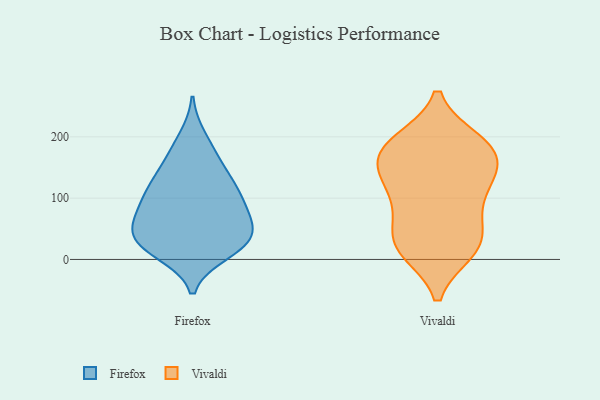
{"axis": {"x": "Headcount", "y": "Value"}, "legend": ["Firefox", "Vivaldi"], "data": [{"x": "", "y": 22, "type": "Firefox"}, {"x": "", "y": 41, "type": "Firefox"}, {"x": "", "y": 120, "type": "Firefox"}, {"x": "", "y": 115, "type": "Firefox"}, {"x": "", "y": 74, "type": "Firefox"}, {"x": "", "y": 11, "type": "Firefox"}, {"x": "", "y": 161, "type": "Firefox"}, {"x": "", "y": 119, "type": "Firefox"}, {"x": "", "y": 166, "type": "Firefox"}, {"x": "", "y": 25, "type": "Firefox"}, {"x": "", "y": 20, "type": "Firefox"}, {"x": "", "y": 43, "type": "Firefox"}, {"x": "", "y": 35, "type": "Firefox"}, {"x": "", "y": 64, "type": "Firefox"}, {"x": "", "y": 199, "type": "Firefox"}, {"x": "", "y": 79, "type": "Firefox"}, {"x": "", "y": 77, "type": "Firefox"}, {"x": "", "y": 113, "type": "Firefox"}, {"x": "", "y": 185, "type": "Vivaldi"}, {"x": "", "y": 43, "type": "Vivaldi"}, {"x": "", "y": 25, "type": "Vivaldi"}, {"x": "", "y": 137, "type": "Vivaldi"}, {"x": "", "y": 172, "type": "Vivaldi"}, {"x": "", "y": 124, "type": "Vivaldi"}, {"x": "", "y": 85, "type": "Vivaldi"}, {"x": "", "y": 14, "type": "Vivaldi"}, {"x": "", "y": 20, "type": "Vivaldi"}, {"x": "", "y": 179, "type": "Vivaldi"}, {"x": "", "y": 139, "type": "Vivaldi"}, {"x": "", "y": 16, "type": "Vivaldi"}, {"x": "", "y": 193, "type": "Vivaldi"}, {"x": "", "y": 160, "type": "Vivaldi"}, {"x": "", "y": 193, "type": "Vivaldi"}, {"x": "", "y": 112, "type": "Vivaldi"}, {"x": "", "y": 70, "type": "Vivaldi"}]}